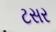
ટસર